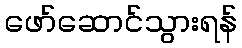
ဖော်ဆောင်သွားရန်